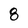
Character: 8